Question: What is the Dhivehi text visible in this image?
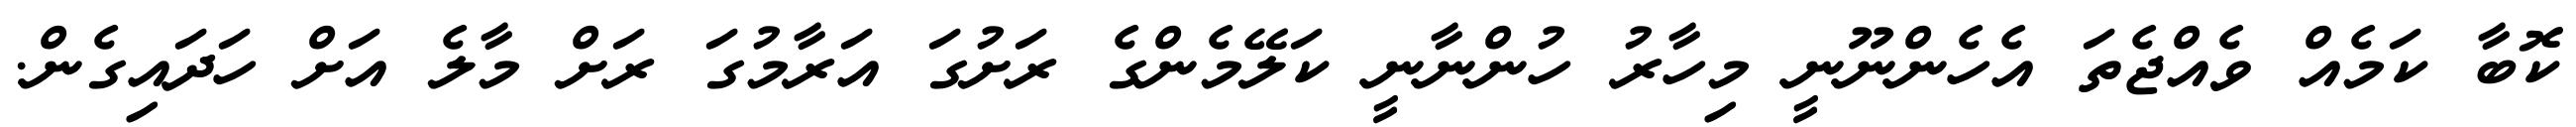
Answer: ކޮބާ ކަމެއް ވެއްޖެތަ އެހެންނޫނީ މިހާރު ހުންނާނީ ކަލޭމެންގެ ރަށުގަ އަރާމުގަ ރަށް މާލެ އަށް ހަދައިގެން.